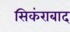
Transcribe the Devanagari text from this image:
सिकंराबाद